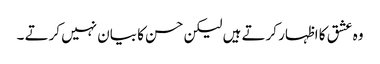
وہ عشق کا اظہار کرتے ہیں لیکن حسن کا بیان نہیں کرتے ۔